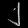
Digit: ၂